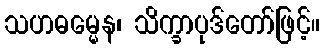
သဟဓမ္မေန၊ သိက္ခာပုဒ်တော်ဖြင့်။